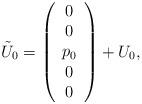
LaTeX: \begin{align*}\tilde U_0=\left(\begin{array}{c} 0 \\ 0 \\ p_0 \\ 0 \\ 0\end{array}\right)+U_0,\end{align*}